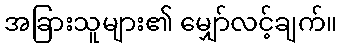
အခြားသူများ၏ မျှော်လင့်ချက်။